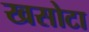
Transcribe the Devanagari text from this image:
खसोटा